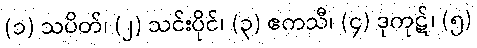
(၁) သပိတ်၊ (၂) သင်းပိုင်၊ (၃) ဧကသီ၊ (၄) ဒုကုဋ်၊ (၅)